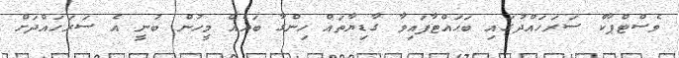
ވެސްޓްޕާކް ސަރަހައްދުގައި ބަހައްޓާފައިވާ ގާޑިޔާތައް ހިންގާ ބައެއް މީހުން ބުނީ އެ ސަރަހައްދަށް